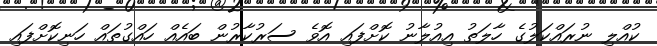
ކުއްލި ނުރައްކަލުގެ ހާލަތު އިއުލާނު ކޮށްފައި އޮވެ ސަރުކާރުން ބައެއް ހައްގުތައް ހަނިކޮށްފައި